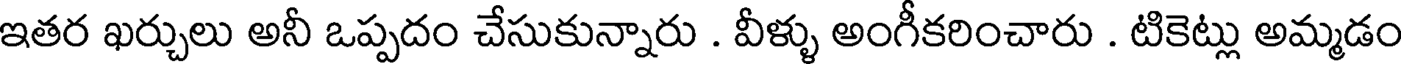
ఇతర ఖర్చులు అనీ ఒప్పదం చేసుకున్నారు . వీళ్ళు అంగీకరించారు . టికెట్లు అమ్మడం